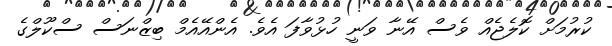
ކުރުމަށް ކޮލެޖެއް ވެސް އޭނާ ވަނީ ހުޅުވާފަ އެވެ. އެންއޭއެމް ބިޒްނަސް ސްކޫލްގެ